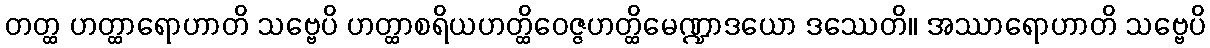
တတ္ထ ဟတ္ထာရောဟာတိ သဗ္ဗေပိ ဟတ္ထာစရိယဟတ္ထိဝေဇ္ဇဟတ္ထိမေဏ္ဍာဒယော ဒဿေတိ။ အဿာရောဟာတိ သဗ္ဗေပိ